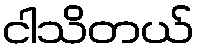
ငါသိတယ်